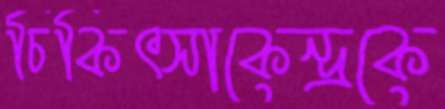
চিকিৎসাকেন্দ্রকে